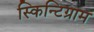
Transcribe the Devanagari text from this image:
स्किन्टिग्राम